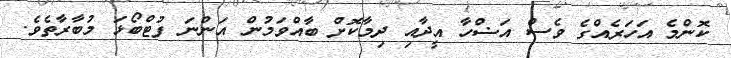
ކޮންމެ އަހަރެއްގެ ވެސް އަޟްހާ އީދާއި ދިމާކޮށް ބާއްވަމުން އަަންނަ ފުޓްބޯޅަ މުބާރާތެވެ.